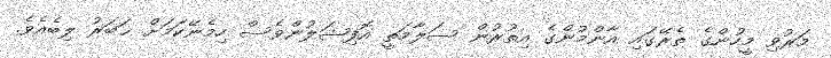
މަރުވި މީހުންގެ ތެރޭގައި އާންމުންގެ އިތުރުން ސަލާމަތީ އޮފިޝަލުންވެސް ހިމެނޭކަމަށް ޚަބަރު ލިބެއެވެ.